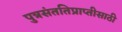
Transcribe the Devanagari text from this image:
पुत्रसंततिप्राप्तीसाठी